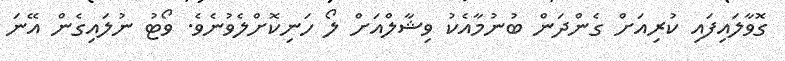
ގޮވާލައިފައި ކުރިއަށް ގެންދަން ބުނުމާއެކު ވިޝާލްއަށް ލޯ ހަނިކޮށްލެވުނެވެ. ވޯޓު ނުލައިގެން އޭނަ